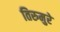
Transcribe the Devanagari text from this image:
तिरुमुरे